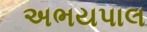
અભયપાલ